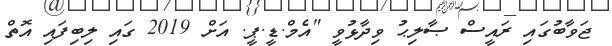
ޖަވާބުގައި ރައީސް ޞާލިޙު ވިދާޅުވީ "އެމް.ޑީ.ޕީ. އަށް 2019 ގައި ލިބިފައި އޮތް